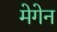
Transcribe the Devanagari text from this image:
मेगेन